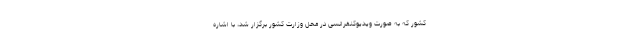
کشور که به صورت ویدیوکنفرانسی در محل وزارت کشور برگزار شد، با اشاره